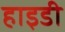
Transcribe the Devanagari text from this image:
हाइडी